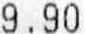
9.90